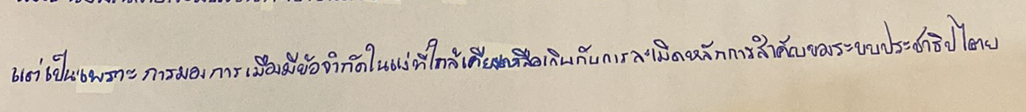
แต่เป็นเพราะการมองการเมืองมีข้อจำกัดในแง่ที่ใกล้เคียงเหลือเกินกับการละเมิดหลักการสำคัญของระบบประชาธิปไตย